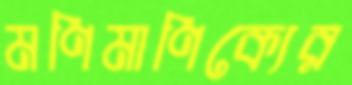
মণিমাণিক্যের